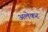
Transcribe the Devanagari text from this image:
अलेकर